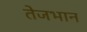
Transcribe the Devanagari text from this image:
तेजभान